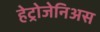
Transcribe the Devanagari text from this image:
हेट्रोजेनिअस